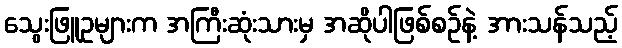
သွေးဖြူဥများက အကြီးဆုံးသားမှ အဆိုပါဖြစ်စဉ်နဲ့ အားသန်သည့်